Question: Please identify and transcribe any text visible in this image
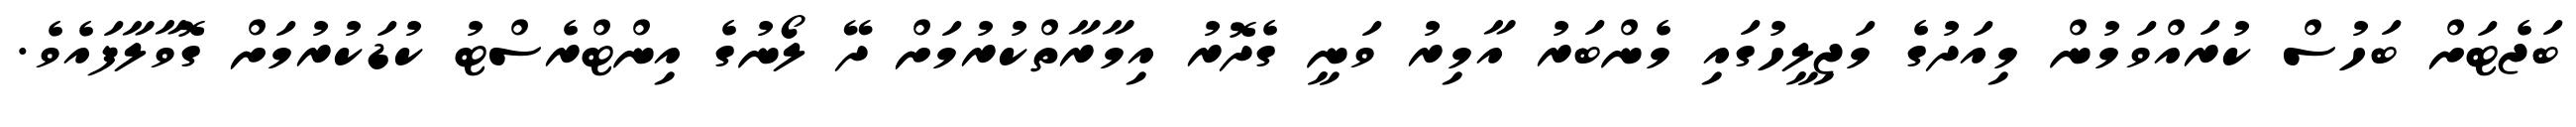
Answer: ބަޖެޓަށް ބަހުސް ކުރައްވަމުން މިއަދުގެ މަޖިލީހުގައި މެންބަރު އާމިރު ވަނީ ގެދޮރު އިމާރާތްކުރުމަށް ދޭ ލޯނުގެ އިންޓްރެސްޓު ކުޑަކުރުމަށް ގޮވާލާފައެވެ.